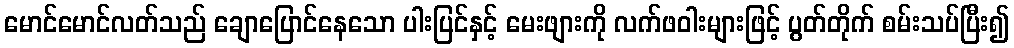
မောင်မောင်လတ်သည် ချောပြောင်နေသော ပါးပြင်နှင့် မေးဖျားကို လက်ဖဝါးများဖြင့် ပွတ်တိုက် စမ်းသပ်ပြီး၍